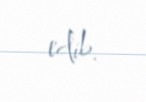
edib.